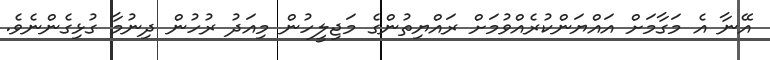
އޭނާ އެ މަގާމަށް އައްޔަންކުރެއްވުމަށް ރައްޔިތުންގެ މަޖިލީހުން މިއަދު ރުހުން ދިނުމާ ގުޅިގެންނެވެ.